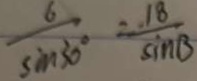
\frac { 6 } { \sin 3 0 ^ { 0 } } = \frac { 1 8 } { \sin B }